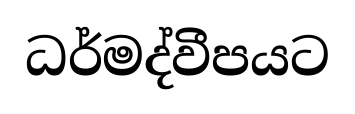
ධර්මද්වීපයට